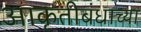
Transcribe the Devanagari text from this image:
आकृतीबंधाच्या